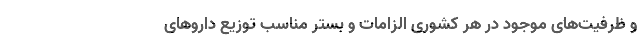
و ظرفیت‌های موجود در هر کشوری الزامات و بستر مناسب توزیع دارو‌های